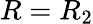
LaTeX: R=R_{2}